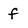
Character: f